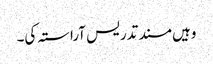
وہیں مسند تدریس آراستہ کی۔